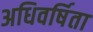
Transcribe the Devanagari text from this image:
अधिवर्षिता